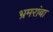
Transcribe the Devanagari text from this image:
भ्रमरांबा